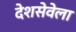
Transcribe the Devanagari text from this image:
देशसेवेला